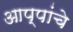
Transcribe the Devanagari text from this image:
आप्पांचे